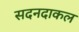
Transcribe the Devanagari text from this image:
सदनदाकल